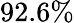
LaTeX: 92.6\%